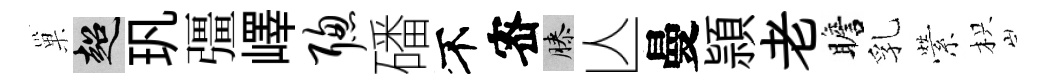
巢超㺬彊嶧聪磻不宻膝亾曼頴老瞻乳縈枳